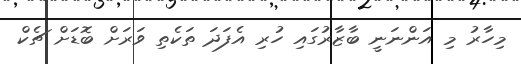
މިހާރު މި އަންނަނީ ބާޒާރުގައި ހުރި އެފަދަ ތަކެތި ވަރަށް ބޮޑަށް ޗެކް